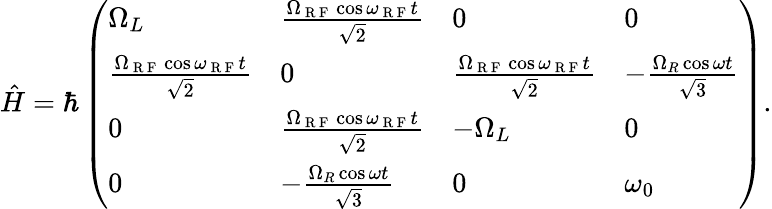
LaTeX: \begin{array}{r}{\hat{H}=\hbar\left(\begin{array}{llll}{\Omega_{L}}&{\frac{\Omega_{\mathrm{~R~F~}}\cos\omega_{\mathrm{~R~F~}}t}{\sqrt{2}}}&{0}&{0}\\ {\frac{\Omega_{\mathrm{~R~F~}}\cos\omega_{\mathrm{~R~F~}}t}{\sqrt{2}}}&{0}&{\frac{\Omega_{\mathrm{~R~F~}}\cos\omega_{\mathrm{~R~F~}}t}{\sqrt{2}}}&{-\frac{\Omega_{R}\cos\omega t}{\sqrt{3}}}\\ {0}&{\frac{\Omega_{\mathrm{~R~F~}}\cos\omega_{\mathrm{~R~F~}}t}{\sqrt{2}}}&{-\Omega_{L}}&{0}\\ {0}&{-\frac{\Omega_{R}\cos\omega t}{\sqrt{3}}}&{0}&{\omega_{0}}\end{array}\right).}\end{array}